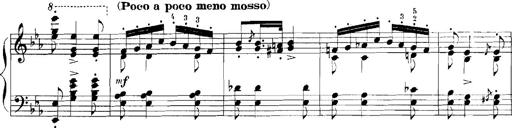
Title: Rhapsodies hongroises
Composer: Franz Liszt